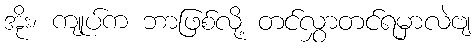
အိုး၊ ကျုပ်က ဘာဖြစ်လို့ တင်လွှာတင်ရမှာလဲဗျ